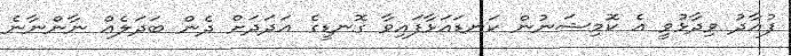
ފުއާދު ވިދާޅުވީ އެ ކޮމިޝަނުން ކަނޑައަޅާފައިވާ ގޮނޑީގެ އަދަދަށް ދެން ބަދަލެއް ނާންނާނެ